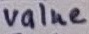
Text: value